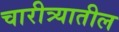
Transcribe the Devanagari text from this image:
चारीत्र्यातील